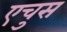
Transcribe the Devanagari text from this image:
एचुस